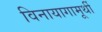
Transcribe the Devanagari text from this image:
विनायागामूर्थी